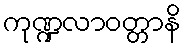
ကုဏ္ဍလာဝတ္တာနိ